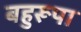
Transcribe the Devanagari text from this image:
बहुरूपा